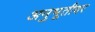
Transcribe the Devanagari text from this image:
अनुभूतीवर